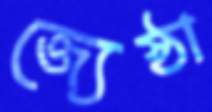
জ্যেষ্ঠা